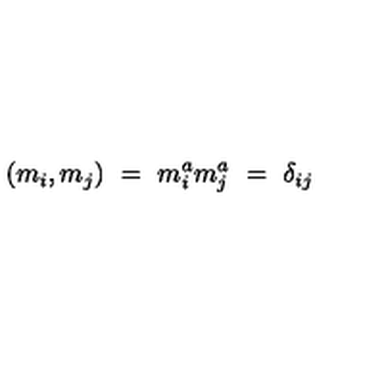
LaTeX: ( m _ { i } , m _ { j } ) \ = \ m _ { i } ^ { a } m _ { j } ^ { a } \ = \ \delta _ { i j }